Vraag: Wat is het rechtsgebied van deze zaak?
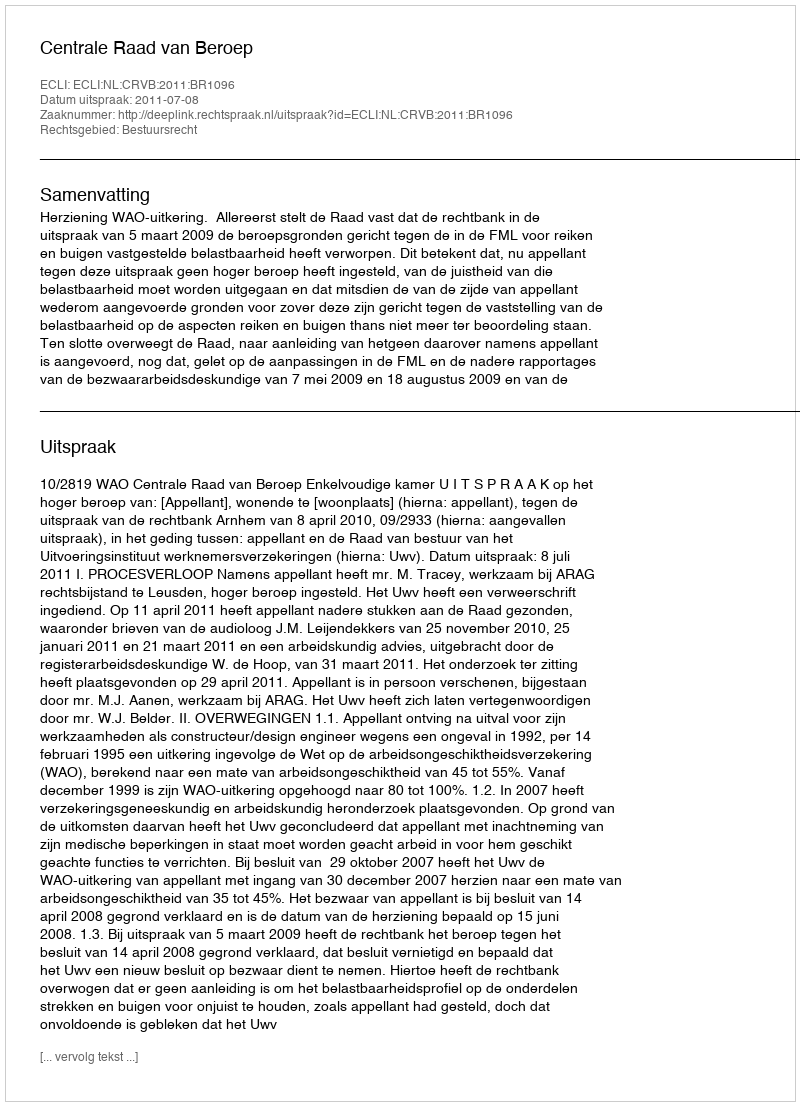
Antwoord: Bestuursrecht